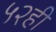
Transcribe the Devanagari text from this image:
५२ही